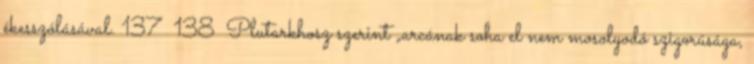
ékesszólásával. 137 138 Plutarkhosz szerint „arcának soha el nem mosolyodó szigorúsága,